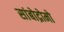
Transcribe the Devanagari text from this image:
सांबोद्रोमो